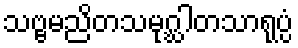
သဗ္ဗမညိတသမုဂ္ဃါတသာရုပ္ပံ